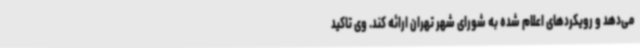
می‌دهد و رویکردهای اعلام شده به شورای شهر تهران ارائه کند. وی تاکید